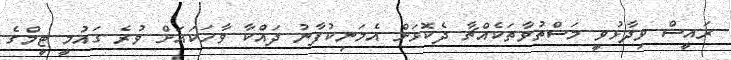
ރައީސް ވިދާޅުވީ މަސްތުވާތަކެއްޗާ ދެކޮޅަށް އެމަނިކުފާނު ދައްކާ ވާހަކައަށް ވުރެ ގައުމީ ޓީމްގެ